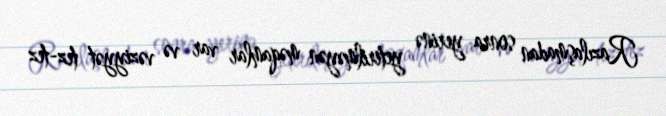
Razılaşmadan sonra yerinə yetirilməyən məqamlar var və vəziyyət tez-tez